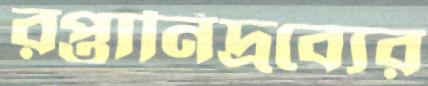
রপ্তানিদ্রব্যের